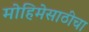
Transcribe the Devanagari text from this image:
मोहिमेसाठीचा